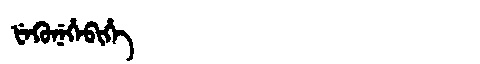
Manchu: ᡶᡝᡴᡠᠨᡝᡥᡝᠪᡳᡥᡝ
Romanization: FEKUNEHEBIHE